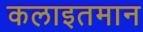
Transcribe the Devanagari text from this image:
कलाइतमान